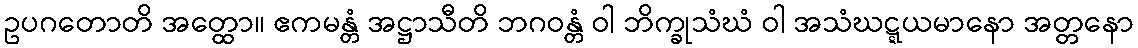
ဥပဂတောတိ အတ္ထော။ ဧကမန္တံ အဋ္ဌာသီတိ ဘဂဝန္တံ ဝါ ဘိက္ခုသံဃံ ဝါ အသံဃဋ္ဋယမာနော အတ္တနော